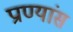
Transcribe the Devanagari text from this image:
प्राण्यांस